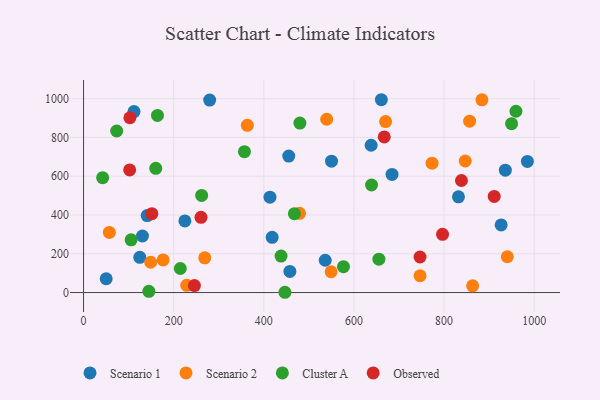
{"axis": {"x": "Investment", "y": "Sales"}, "legend": ["Cluster A", "Observed", "Scenario 1", "Scenario 2"], "data": [{"x": "457.8", "y": 109.1, "type": "Scenario 1"}, {"x": "984.8", "y": 676.3, "type": "Scenario 1"}, {"x": "279.8", "y": 992.4, "type": "Scenario 1"}, {"x": "926.6", "y": 348.7, "type": "Scenario 1"}, {"x": "124.8", "y": 181.6, "type": "Scenario 1"}, {"x": "684.5", "y": 609.1, "type": "Scenario 1"}, {"x": "536.2", "y": 166.5, "type": "Scenario 1"}, {"x": "418.5", "y": 284.8, "type": "Scenario 1"}, {"x": "638.1", "y": 759.6, "type": "Scenario 1"}, {"x": "130.7", "y": 291.7, "type": "Scenario 1"}, {"x": "831.9", "y": 493.8, "type": "Scenario 1"}, {"x": "455.3", "y": 703.7, "type": "Scenario 1"}, {"x": "413.6", "y": 491.7, "type": "Scenario 1"}, {"x": "50.2", "y": 71.2, "type": "Scenario 1"}, {"x": "224.8", "y": 369.3, "type": "Scenario 1"}, {"x": "141.2", "y": 397.0, "type": "Scenario 1"}, {"x": "550.2", "y": 677.6, "type": "Scenario 1"}, {"x": "111.9", "y": 933.3, "type": "Scenario 1"}, {"x": "660.8", "y": 994.4, "type": "Scenario 1"}, {"x": "935.9", "y": 631.2, "type": "Scenario 1"}, {"x": "57.2", "y": 310.1, "type": "Scenario 2"}, {"x": "176.5", "y": 168.1, "type": "Scenario 2"}, {"x": "149.0", "y": 156.2, "type": "Scenario 2"}, {"x": "940.3", "y": 184.6, "type": "Scenario 2"}, {"x": "479.1", "y": 408.5, "type": "Scenario 2"}, {"x": "856.6", "y": 884.0, "type": "Scenario 2"}, {"x": "670.2", "y": 881.7, "type": "Scenario 2"}, {"x": "363.4", "y": 862.3, "type": "Scenario 2"}, {"x": "773.3", "y": 667.0, "type": "Scenario 2"}, {"x": "746.7", "y": 86.5, "type": "Scenario 2"}, {"x": "229.0", "y": 37.4, "type": "Scenario 2"}, {"x": "268.9", "y": 179.3, "type": "Scenario 2"}, {"x": "549.3", "y": 107.2, "type": "Scenario 2"}, {"x": "539.5", "y": 893.7, "type": "Scenario 2"}, {"x": "863.3", "y": 34.8, "type": "Scenario 2"}, {"x": "846.9", "y": 678.3, "type": "Scenario 2"}, {"x": "884.0", "y": 994.1, "type": "Scenario 2"}, {"x": "262.0", "y": 500.7, "type": "Cluster A"}, {"x": "949.7", "y": 870.8, "type": "Cluster A"}, {"x": "446.8", "y": 1.4, "type": "Cluster A"}, {"x": "357.0", "y": 726.5, "type": "Cluster A"}, {"x": "214.7", "y": 124.1, "type": "Cluster A"}, {"x": "42.3", "y": 592.3, "type": "Cluster A"}, {"x": "105.5", "y": 271.9, "type": "Cluster A"}, {"x": "467.8", "y": 407.0, "type": "Cluster A"}, {"x": "576.7", "y": 133.6, "type": "Cluster A"}, {"x": "438.2", "y": 188.3, "type": "Cluster A"}, {"x": "480.0", "y": 873.8, "type": "Cluster A"}, {"x": "160.2", "y": 640.6, "type": "Cluster A"}, {"x": "655.3", "y": 172.2, "type": "Cluster A"}, {"x": "144.9", "y": 6.3, "type": "Cluster A"}, {"x": "959.4", "y": 935.0, "type": "Cluster A"}, {"x": "73.5", "y": 833.1, "type": "Cluster A"}, {"x": "164.0", "y": 913.3, "type": "Cluster A"}, {"x": "639.0", "y": 554.6, "type": "Cluster A"}, {"x": "151.6", "y": 406.5, "type": "Observed"}, {"x": "260.6", "y": 387.7, "type": "Observed"}, {"x": "911.2", "y": 495.9, "type": "Observed"}, {"x": "838.5", "y": 577.8, "type": "Observed"}, {"x": "246.0", "y": 35.8, "type": "Observed"}, {"x": "102.3", "y": 632.5, "type": "Observed"}, {"x": "746.6", "y": 183.2, "type": "Observed"}, {"x": "796.5", "y": 300.2, "type": "Observed"}, {"x": "102.8", "y": 901.5, "type": "Observed"}, {"x": "667.2", "y": 802.7, "type": "Observed"}]}